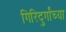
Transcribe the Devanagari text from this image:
गिरिदुर्गांच्या